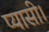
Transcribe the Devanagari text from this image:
प्यासी।